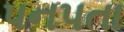
પનપતા